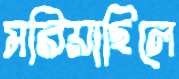
মরিয়াছিলে